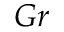
G r